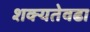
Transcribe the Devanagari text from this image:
शक्यतेवढा